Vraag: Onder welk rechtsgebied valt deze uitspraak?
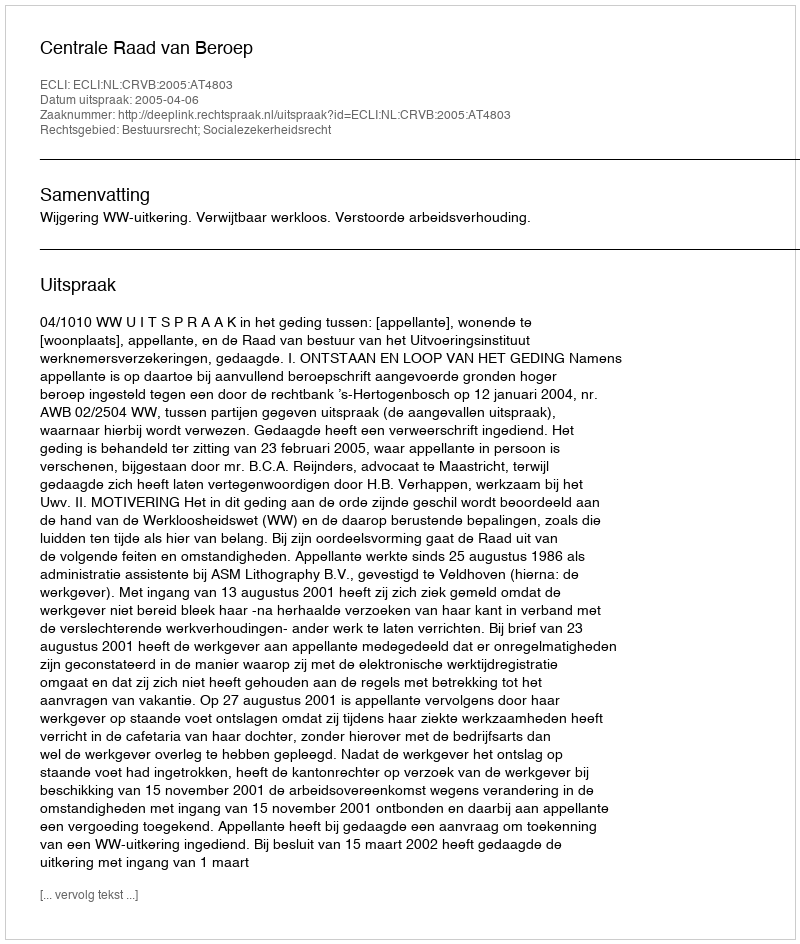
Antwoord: Bestuursrecht; Socialezekerheidsrecht